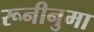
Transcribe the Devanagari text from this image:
रूनीनुमा